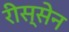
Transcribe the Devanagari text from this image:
रीस्सेन